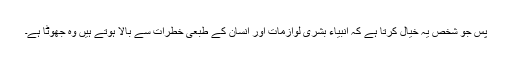
پس جو شخص یہ خیال کرتا ہے کہ انبیاء بشری لوازمات اور انسان کے طبعی خطرات سے بالا ہوتے ہیں وہ جھوٹا ہے۔